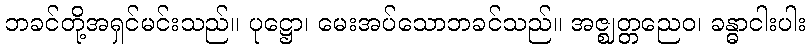
ဘခင်တို့အရှင်မင်းသည်။ ပုဋ္ဌော၊ မေးအပ်သောဘခင်သည်။ အဇ္ဈတ္တညေဝ၊ ခန္ဓာငါးပါး